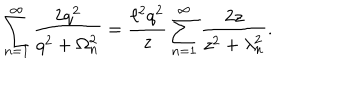
LaTeX: \sum _ { n = 1 } ^ { \infty } \frac { 2 q ^ { 2 } } { q ^ { 2 } + \Omega _ { n } ^ { 2 } } = \frac { \ell ^ { 2 } q ^ { 2 } } { z } \sum _ { n = 1 } ^ { \infty } \frac { 2 z } { z ^ { 2 } + \lambda _ { n } ^ { 2 } } .